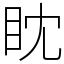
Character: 眈